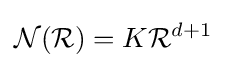
{\mathcal {N}}({\mathcal {R}})=K{\mathcal {R}}^{d+1}